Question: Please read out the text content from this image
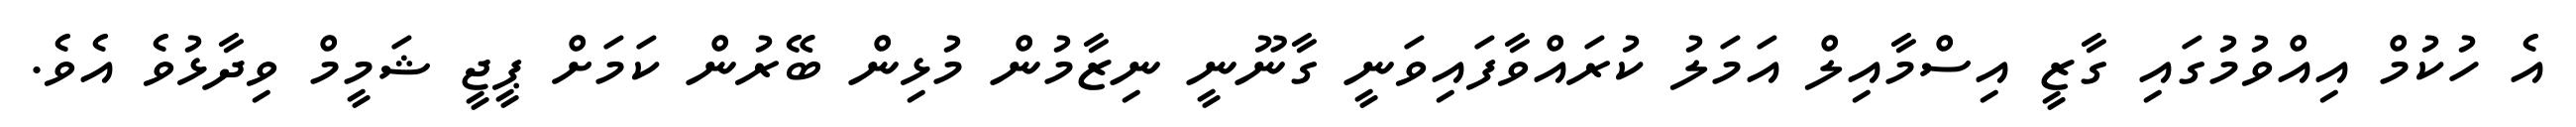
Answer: އެ ހުކުމް އިއްވުމުގައި ގާޒީ އިސްމާއިލް އަމަލު ކުރައްވާފައިވަނީ ގާނޫނީ ނިޒާމުން މުޅިން ބޭރުން ކަމަށް ޕީޖީ ޝަމީމް ވިދާޅުވެ އެވެ.